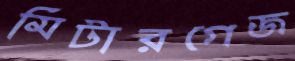
মিটারগেজ